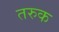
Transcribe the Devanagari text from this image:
तरुक